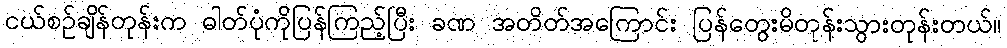
ငယ်စဉ်ချိန်တုန်းက ဓါတ်ပုံကိုပြန်ကြည့်ပြီး ခဏ အတိတ်အကြောင်း ပြန်တွေးမိတုန်းသွားတုန်းတယ်။